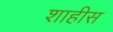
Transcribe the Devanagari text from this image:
शाहीस